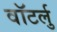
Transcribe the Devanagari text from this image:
वॉटर्लु